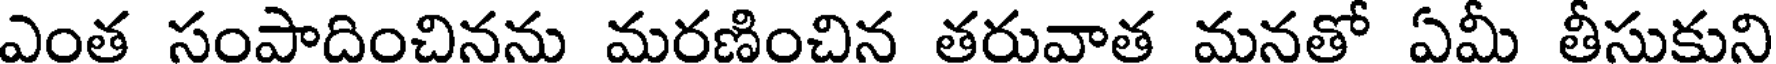
ఎంత సంపాదించినను మరణించిన తరువాత మనతో ఏమీ తీసుకుని